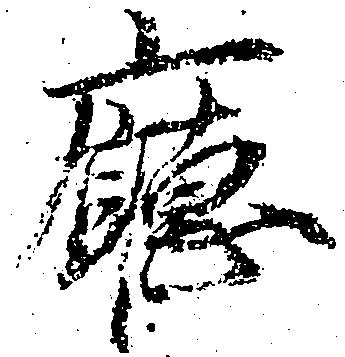
庁